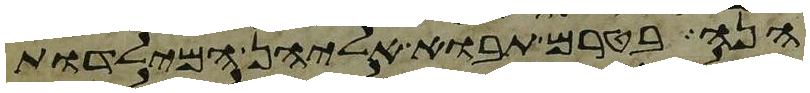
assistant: הנה בטרם תבוא אליהן המילדות